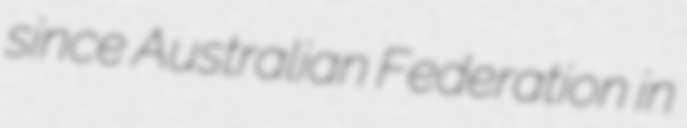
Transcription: since Australian Federation in